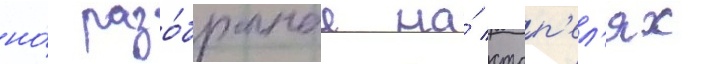
но́ разо́бранные на́ стап'ел'ях